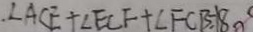
. \angle A C E + \angle E C F + \angle F C B = 1 8 0 ^ { \circ }